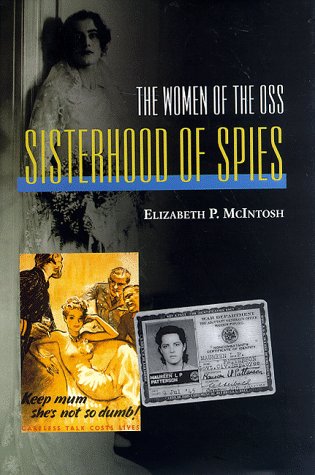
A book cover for Sisterhood of Spies: The Women of the OSS; Elizabeth P. McIntosh; History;